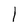
Character: l